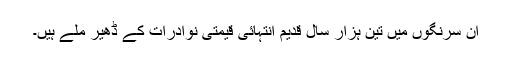
ان سرنگوں میں تین ہزار سال قدیم انتہائی قیمتی نوادرات کے ڈھیر ملے ہیں۔